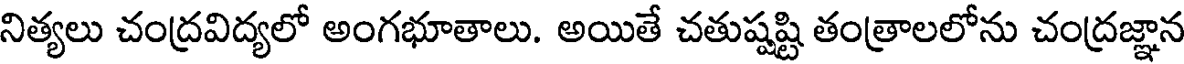
నిత్యలు చంద్రవిద్యలో అంగభూతాలు. అయితే చతుష్షష్టి తంత్రాలలోను చంద్రజ్ఞాన